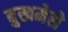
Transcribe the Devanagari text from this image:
बुखमेसे